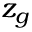
z _ { g }